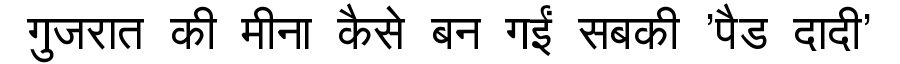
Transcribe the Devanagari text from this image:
गुजरात की मीना कैसे बन गईं सबकी 'पैड दादी'